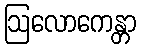
ဩလောကေန္တာ